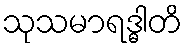
သုသမာရဒ္ဓါတိ